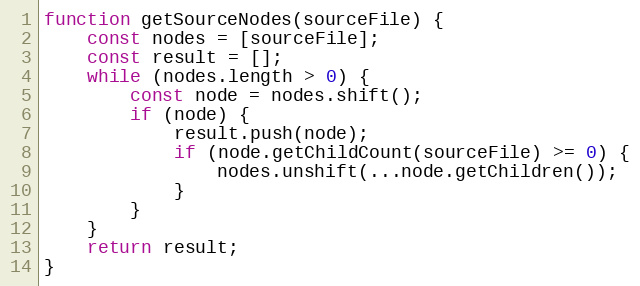
Language: JavaScript
function getSourceNodes(sourceFile) {
    const nodes = [sourceFile];
    const result = [];
    while (nodes.length > 0) {
        const node = nodes.shift();
        if (node) {
            result.push(node);
            if (node.getChildCount(sourceFile) >= 0) {
                nodes.unshift(...node.getChildren());
            }
        }
    }
    return result;
}